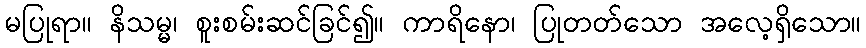
မပြုရာ။ နိသမ္မ၊ စူးစမ်းဆင်ခြင်၍။ ကာရိနော၊ ပြုတတ်သော အလေ့ရှိသော။